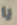
يا